Report on the metropolitan horse fairs and district horse shows of 1892-93 - 1892-1893
Year: 1892
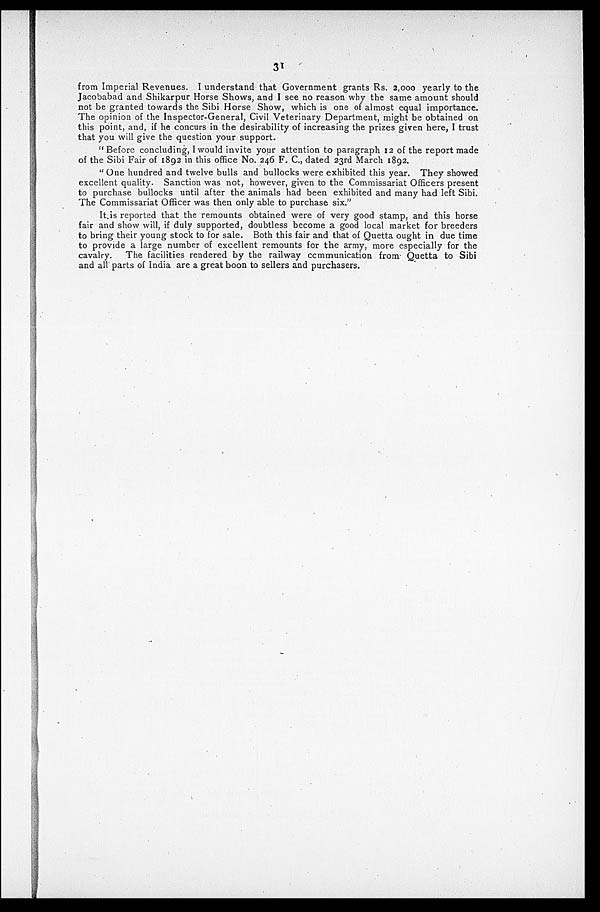
31
from Imperial Revenues. I understand that Government grants Rs. 2,000 yearly to the
Jacobabad and Shikarpur Horse Shows, and I see no reason why the same amount should
not be granted towards the Sibi Horse Show, which is one of almost equal importance.
The opinion of the Inspector-General, Civil Veterinary Department, might be obtained on
this point, and, if he concurs in the desirability of increasing the prizes given here, I trust
that you will give the question your support.
"Before concluding, I would invite your attention to paragraph 12 of the report made
of the Sibi Fair of 1892 in this office No. 246 F. C., dated 23rd March 1892.
"One hundred and twelve bulls and bullocks were exhibited this year. They showed
excellent quality. Sanction was not, however, given to the Commissariat Officers present
to purchase bullocks until after the animals had been exhibited and many had left Sibi.
The Commissariat Officer was then only able to purchase six."
It is reported that the remounts obtained were of very good stamp, and this horse
fair and show will, if duly supported, doubtless become a good local market for breeders
to bring their young stock to for sale. Both this fair and that of Quetta ought in due time
to provide a large number of excellent remounts for the army, more especially for the
cavalry. The facilities rendered by the railway communication from Quetta to Sibi
and all parts of India are a great boon to sellers and purchasers.